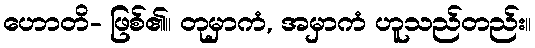
ဟောတိ- ဖြစ်၏။ တုမှာကံ, အမှာကံ ဟူသည်တည်း။